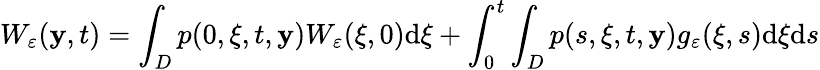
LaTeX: W_{\varepsilon}(\mathbf{y},t)=\int_{D}p(0,\xi,t,\mathbf{y})W_{\varepsilon}(\xi,0)\textrm{{d}}\xi+\int_{0}^{t}\int_{D}p(s,\xi,t,\mathbf{y})g_{\varepsilon}(\xi,s)\textrm{{d}}\xi\textrm{{d}}s